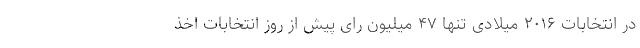
در انتخابات ۲۰۱۶ میلادی تنها ۴۷ میلیون رای پیش از روز انتخابات اخذ